Indian journal of veterinary science and animal husbandry - Volumes 18-21, 1948-1951
Year: 1948
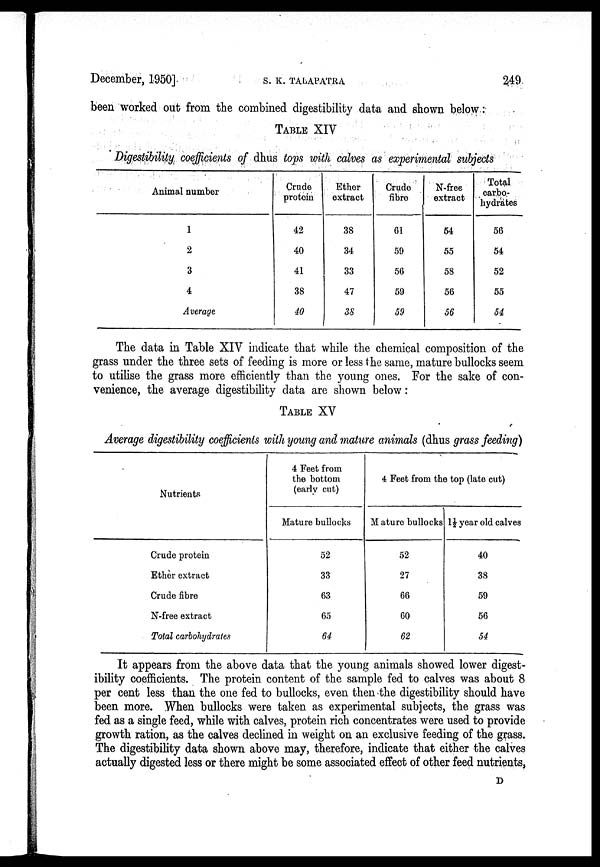
December, 1950]
S.
K.
TALAPATRA
249
been worked out from the combined digestibility data and shown below :
TABLE XIV
Digestibility coefficients of dhus tops with calves as experimental subjects
Animal number
1
2
3
4
Average
Crude
protein
42
40
41
38
40
Ether
extract
38
34
33
47
38
Crude
fibre
61
59
56
59
59
N-free
extract
54
55
58
56
56
Total
carbo-
hydrates
56
54
52
55
54
The data in Table XIV indicate that while the chemical composition of the
grass under the three sets of feeding is more or less the same, mature bullocks seem
to utilise the grass more efficiently than the young ones. For the sake of con-
venience, the average digestibility data are shown below :
TABLE XV
Average digestibility coefficients with young and mature animals (dhus grass feeding)
Nutrients
Crude protein
Ether extract
Crude fibre
N-free extract
Total carbohydrates
4 Feet from
the bottom
(early cut)
Mature bullocks
52
33
63
65
64
4 Feet from the top (late cut)
Mature bullocks
52
27
66
60
62
1½ year old calves
40
38
59
56
54
It appears from the above data that the young animals showed lower digest-
ibility coefficients. The protein content of the sample fed to calves was about 8
per cent less than the one fed to bullocks, even then the digestibility should have
been more. When bullocks were taken as experimental subjects, the grass was
fed as a single feed, while with calves, protein rich concentrates were used to provide
growth ration, as the calves declined in weight on an exclusive feeding of the grass.
The digestibility data shown above may, therefore, indicate that either the calves
actually digested less or there might be some associated effect of other feed nutrients,
D